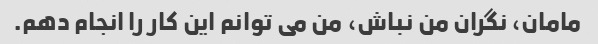
مامان، نگران من نباش، من می توانم این کار را انجام دهم.